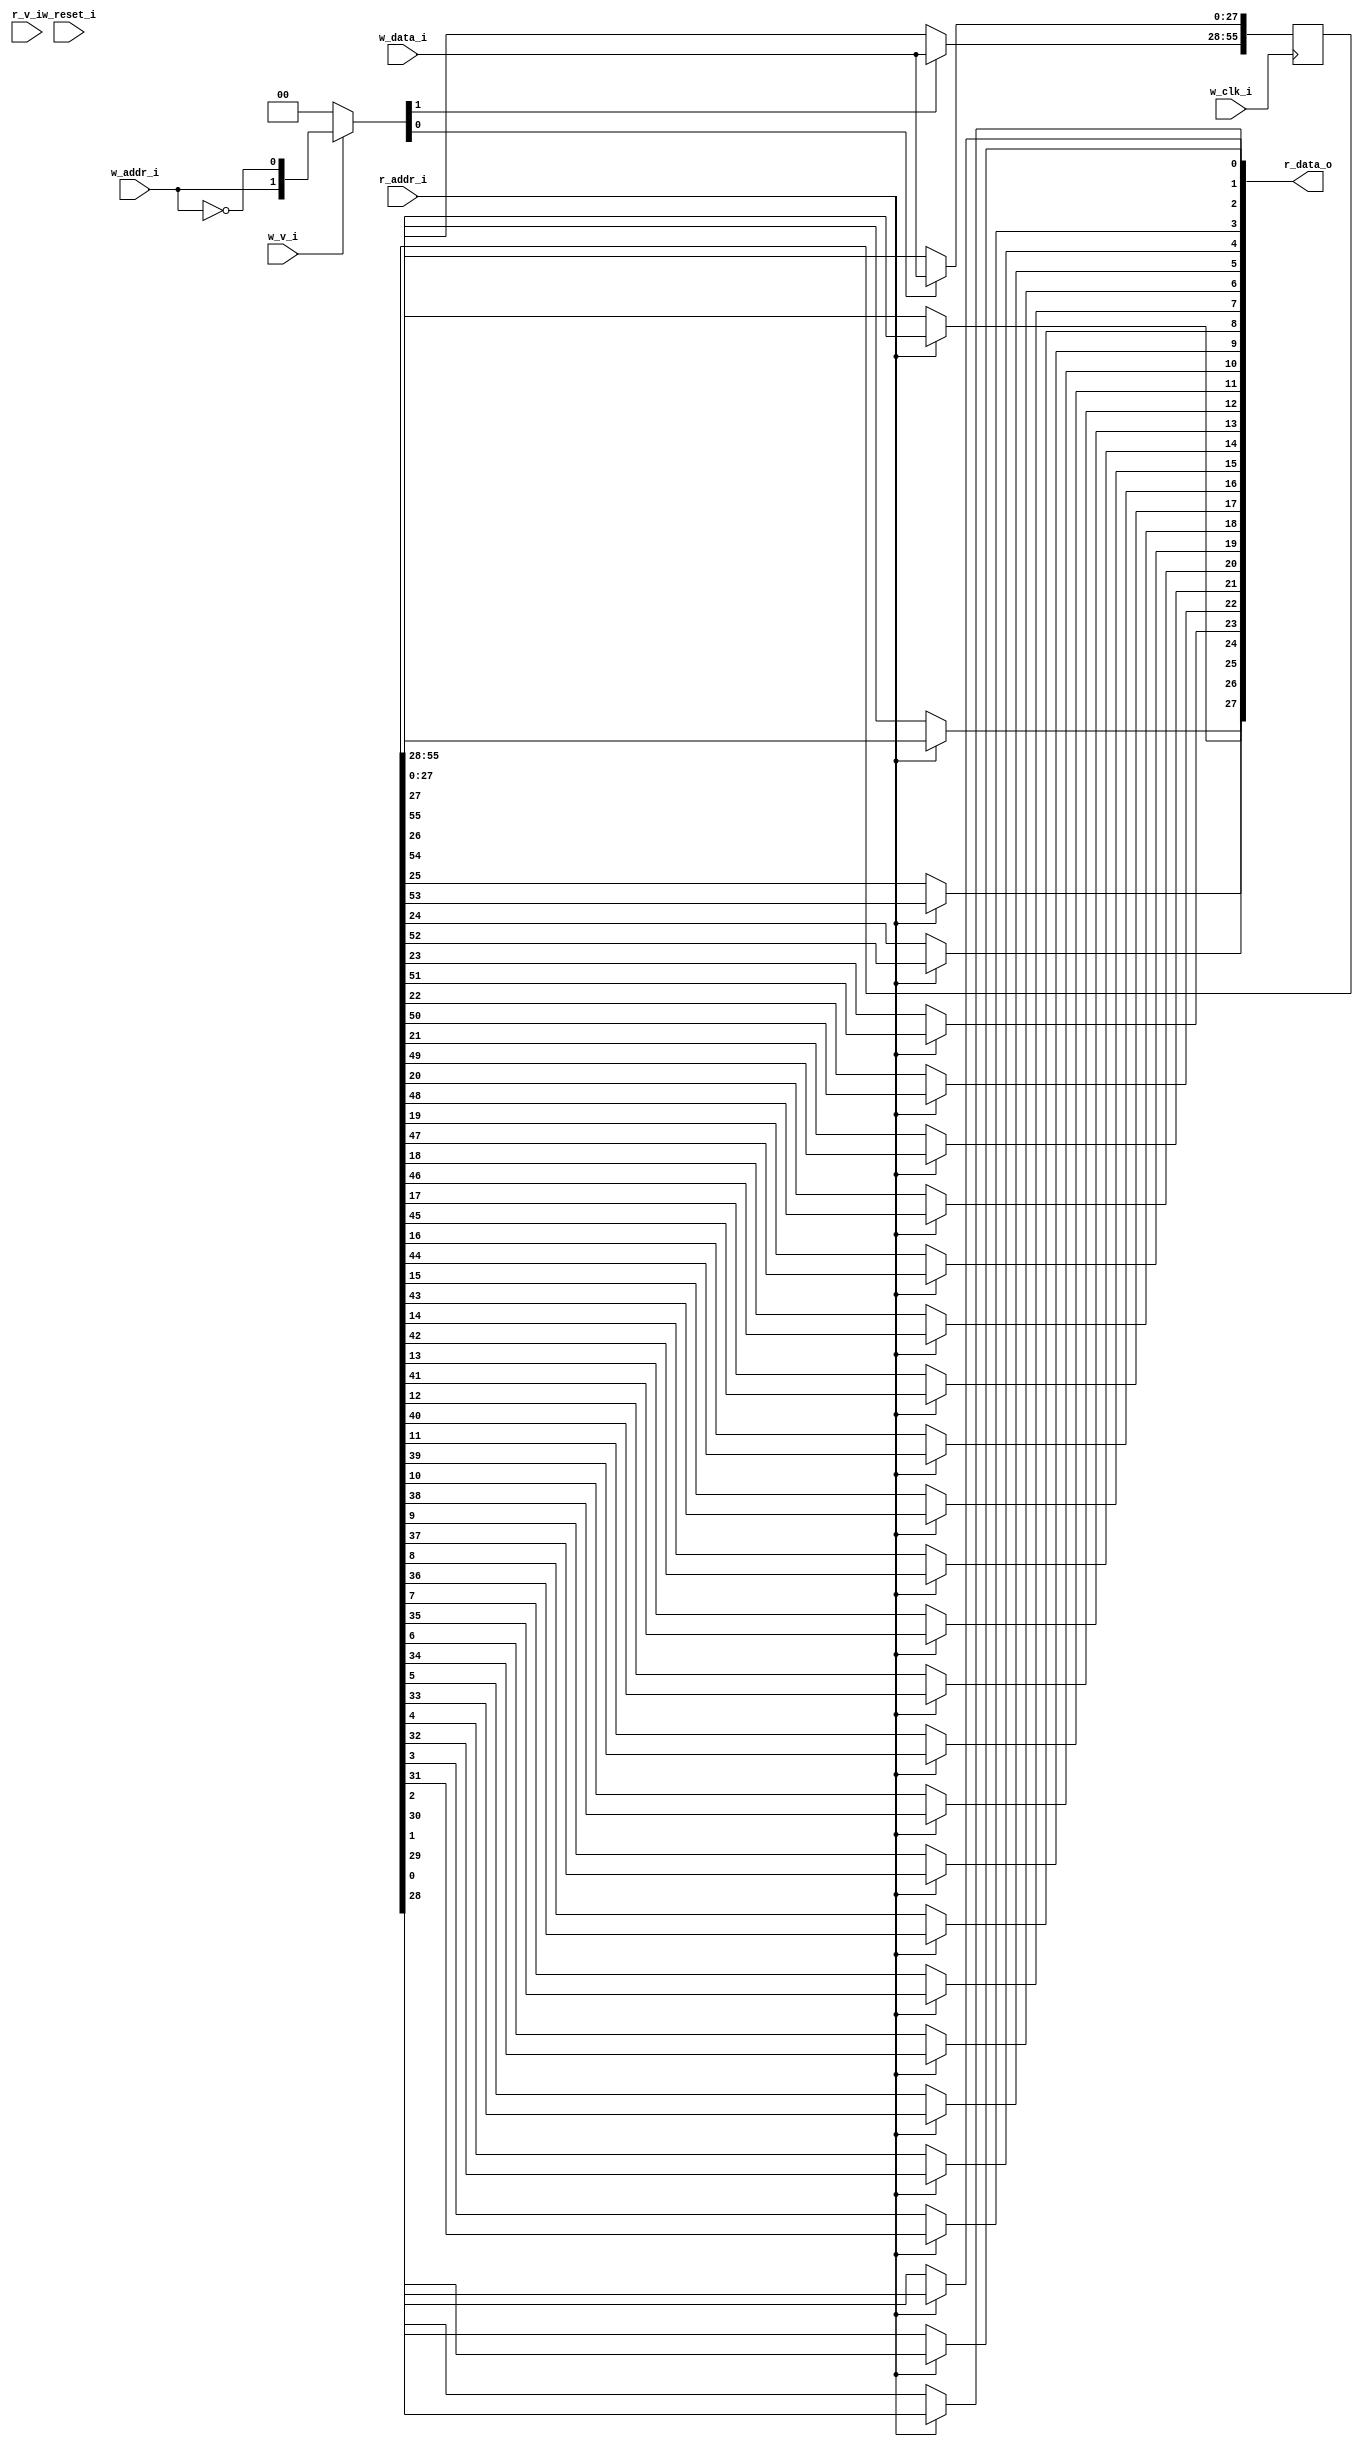
// This program was cloned from: https://github.com/NYU-MLDA/OpenABC
// License: BSD 3-Clause "New" or "Revised" License

module bsg_mem_1r1w_synth_width_p28_els_p2_read_write_same_addr_p0_harden_p0
(
  w_clk_i,
  w_reset_i,
  w_v_i,
  w_addr_i,
  w_data_i,
  r_v_i,
  r_addr_i,
  r_data_o
);

  input [0:0] w_addr_i;
  input [27:0] w_data_i;
  input [0:0] r_addr_i;
  output [27:0] r_data_o;
  input w_clk_i;
  input w_reset_i;
  input w_v_i;
  input r_v_i;
  wire [27:0] r_data_o;
  wire N0,N1,N2,N3,N4,N5,N7,N8;
  reg [55:0] mem;
  assign r_data_o[27] = (N3)? mem[27] :
                        (N0)? mem[55] : 1'b0;
  assign N0 = r_addr_i[0];
  assign r_data_o[26] = (N3)? mem[26] :
                        (N0)? mem[54] : 1'b0;
  assign r_data_o[25] = (N3)? mem[25] :
                        (N0)? mem[53] : 1'b0;
  assign r_data_o[24] = (N3)? mem[24] :
                        (N0)? mem[52] : 1'b0;
  assign r_data_o[23] = (N3)? mem[23] :
                        (N0)? mem[51] : 1'b0;
  assign r_data_o[22] = (N3)? mem[22] :
                        (N0)? mem[50] : 1'b0;
  assign r_data_o[21] = (N3)? mem[21] :
                        (N0)? mem[49] : 1'b0;
  assign r_data_o[20] = (N3)? mem[20] :
                        (N0)? mem[48] : 1'b0;
  assign r_data_o[19] = (N3)? mem[19] :
                        (N0)? mem[47] : 1'b0;
  assign r_data_o[18] = (N3)? mem[18] :
                        (N0)? mem[46] : 1'b0;
  assign r_data_o[17] = (N3)? mem[17] :
                        (N0)? mem[45] : 1'b0;
  assign r_data_o[16] = (N3)? mem[16] :
                        (N0)? mem[44] : 1'b0;
  assign r_data_o[15] = (N3)? mem[15] :
                        (N0)? mem[43] : 1'b0;
  assign r_data_o[14] = (N3)? mem[14] :
                        (N0)? mem[42] : 1'b0;
  assign r_data_o[13] = (N3)? mem[13] :
                        (N0)? mem[41] : 1'b0;
  assign r_data_o[12] = (N3)? mem[12] :
                        (N0)? mem[40] : 1'b0;
  assign r_data_o[11] = (N3)? mem[11] :
                        (N0)? mem[39] : 1'b0;
  assign r_data_o[10] = (N3)? mem[10] :
                        (N0)? mem[38] : 1'b0;
  assign r_data_o[9] = (N3)? mem[9] :
                       (N0)? mem[37] : 1'b0;
  assign r_data_o[8] = (N3)? mem[8] :
                       (N0)? mem[36] : 1'b0;
  assign r_data_o[7] = (N3)? mem[7] :
                       (N0)? mem[35] : 1'b0;
  assign r_data_o[6] = (N3)? mem[6] :
                       (N0)? mem[34] : 1'b0;
  assign r_data_o[5] = (N3)? mem[5] :
                       (N0)? mem[33] : 1'b0;
  assign r_data_o[4] = (N3)? mem[4] :
                       (N0)? mem[32] : 1'b0;
  assign r_data_o[3] = (N3)? mem[3] :
                       (N0)? mem[31] : 1'b0;
  assign r_data_o[2] = (N3)? mem[2] :
                       (N0)? mem[30] : 1'b0;
  assign r_data_o[1] = (N3)? mem[1] :
                       (N0)? mem[29] : 1'b0;
  assign r_data_o[0] = (N3)? mem[0] :
                       (N0)? mem[28] : 1'b0;
  assign N5 = ~w_addr_i[0];
  assign { N8, N7 } = (N1)? { w_addr_i[0:0], N5 } :
                      (N2)? { 1'b0, 1'b0 } : 1'b0;
  assign N1 = w_v_i;
  assign N2 = N4;
  assign N3 = ~r_addr_i[0];
  assign N4 = ~w_v_i;

  always @(posedge w_clk_i) begin
    if(N8) begin
      { mem[55:28] } <= { w_data_i[27:0] };
    end
    if(N7) begin
      { mem[27:0] } <= { w_data_i[27:0] };
    end
  end


endmodule